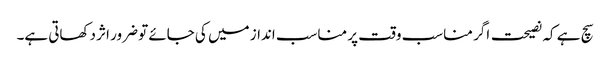
سچ ہے کہ نصیحت اگر مناسب وقت پر مناسب انداز میں کی جائے تو ضرور اثر دکھاتی ہے۔